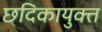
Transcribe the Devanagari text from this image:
छदिकायुक्त